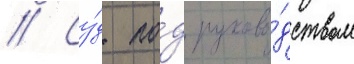
// Су́д по́д руково́дством